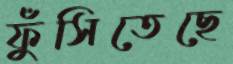
ফুঁসিতেছে